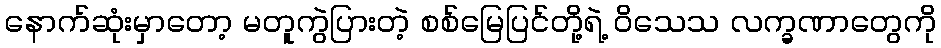
နောက်ဆုံးမှာတော့ မတူကွဲပြားတဲ့ စစ်မြေပြင်တို့ရဲ့ ဝိသေသ လက္ခဏာတွေကို